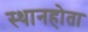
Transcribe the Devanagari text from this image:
स्थानहोता